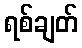
ရစ်ချတ်